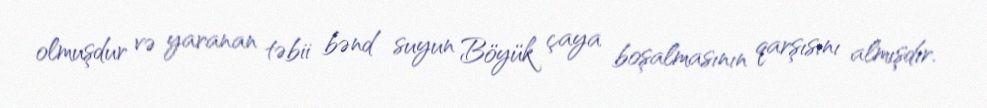
olmuşdur və yaranan təbii bənd suyun Böyük çaya boşalmasının qarşısını almışdır.